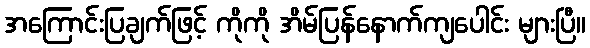
အကြောင်းပြချက်ဖြင့် ကိုကို အိမ်ပြန်နောက်ကျပေါင်း များပြီ။